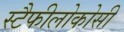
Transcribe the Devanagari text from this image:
स्टैफीलोकोसी